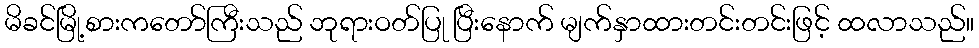
မိခင်မြို့စားကတော်ကြီးသည် ဘုရားဝတ်ပြု ပြီးနောက် မျက်နှာထားတင်းတင်းဖြင့် ထလာသည်။